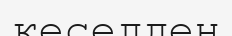
кеселден